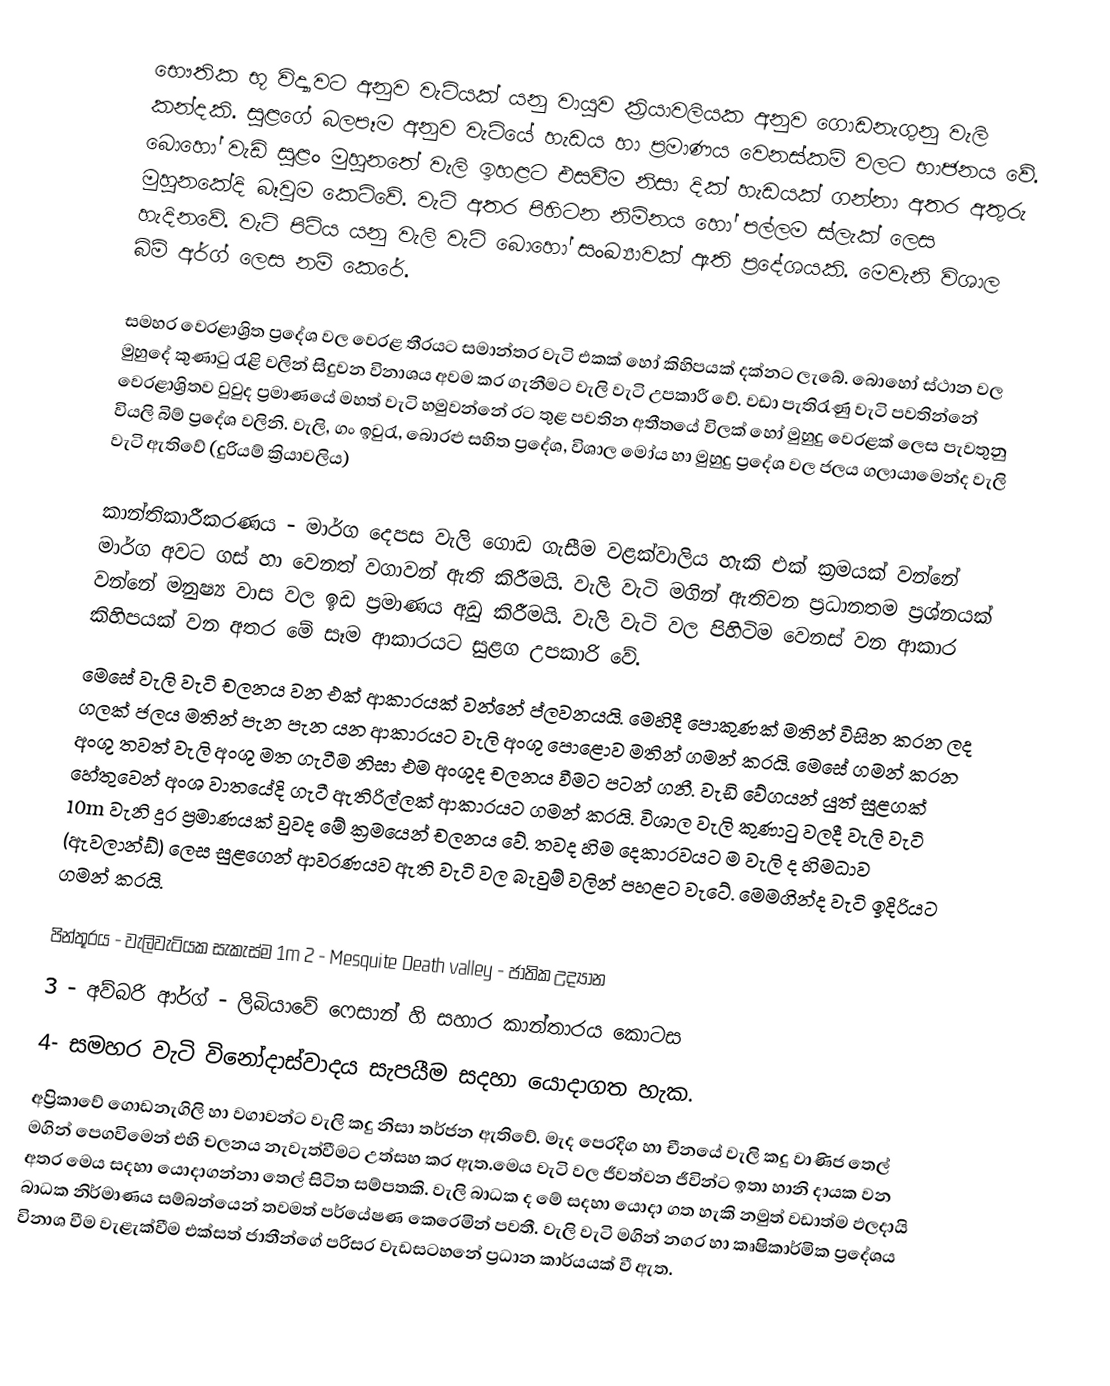
භෞතික භූ විද්‍යාවට අනුව වැටියක් යනු වායුව ක්‍රියාවලියක අනුව ගොඩනැගුනු වැලි කන්දකි. සුළගේ බලපෑම අනුව වැටියේ හැඩය හා ප්‍රමාණය වෙනස්කම් වලට භාජනය වේ. බොහෝ වැඩි සුළං මුහුනතේ වැලි ඉහළට එසවීම නිසා දික් හැඩයක් ගන්නා අතර අතුරු මුහුනකේදි බෑවුම කෙටිවේ. වැටි අතර පිහිටන නිම්නය හෝ පල්ලම ස්ලැක් ලෙස හැදිනවේ. වැටි පිටිය යනු වැලි වැටි බොහෝ සංඛ්‍යාවක් ඇති ප්‍රදේශයකි. මෙවැනි විශාල බිම් අර්ග් ලෙස නම් කෙරේ.

සමහර වෙරළාශ්‍රිත ප්‍රදේශ වල වෙරළ තීරයට සමාන්තර වැටි එකක් හෝ කිහිපයක් දක්නට ලැබේ. බොහෝ ස්ථාන වල මුහුදේ කුණාටු රැළි වලින් සිදුවන විනාශය අවම කර ගැනීමට වැලි වැටි උපකාරී වේ. වඩා පැතිරැණු වැටි පවතින්නේ වෙරළාශ්‍රිතව වුවුද ප්‍රමාණයේ මහත් වැටි හමුවන්නේ රට තුළ පවතින අතීතයේ විලක් හෝ මුහුදු වෙරළක් ලෙස පැවතුනු වියලි බිම් ප්‍රදේශ වලිනි. වැලි, ගං ඉවුරැ, බොරළු සහිත ප්‍රදේශ, විශාල මෝය හා මුහුදු ප්‍රදේශ වල ජලය ගලායාමෙන්ද වැලි වැටි ඇතිවේ (දුරියම් ක්‍රියාවලිය)

කාන්තිකාරීකරණය -  මාර්ග දෙපස වැලි ගොඩ ගැසීම වළක්වාලිය හැකි එක් ක්‍රමයක් වන්නේ මාර්ග අවට ගස් හා වෙනත් වගාවන් ඇති කිරීමයි. වැලි වැටි ‍මගින් ඇතිවන ප්‍රධානතම ප්‍රශ්නයක් වන්නේ මනුෂ්‍ය වාස වල ඉඩ ප්‍රමාණය අඩු කිරීමයි. වැලි වැටි වල පිහිටිම වෙනස් වන ආකාර කිහිපයක් වන අතර මේ සෑම ආකාරයට සුළග උපකාරි වේ.
මෙසේ වැලි වැටි චලනය වන එක් ආකාරයක් වන්නේ ප්ලවනයයි. මෙහිදී පොකුණක් මතින් විසින කරන ලද ගලක් ජලය මතින් පැන පැන යන ආකාරයට වැලි අංශු පොළොව මතින් ගමන් කරයි. මෙසේ ගමන් කරන අංශු තවත් වැලි අංශු මත ගැටීම නිසා එම අංශුද චලනය වීමට පටන් ගනී. වැඩි වේගයන් යුත් සුළගක් හේතුවෙන් අංශ වාතයේදි ගැටී ඇතිරිල්ලක් ආකාරයට ගමන් කරයි. විශාල වැලි කුණාටු වලදී වැලි වැටි 10m වැනි දුර ප්‍රමාණයක් වුවද මේ ක්‍රමයෙන් චලනය වේ. තවද හිම දෙකාරවයට ම වැලි ද හිමධාව (ඇවලාන්ඩ්) ලෙස සුළගෙන් ආවරණයව ඇති වැටි වල බැවුම් වලින් පහළට වැටේ. මෙමගින්ද වැටි ඉදිරියට ගමන් කරයි.

පින්තූරය - වැලිවැටියක සැකැස්ම 	1m 2 - Mesquite Death valley - ජාතික උද්‍යාන
3 - අව්බරි ආර්ග් - ලිබියාවේ ෆෙසාන් හි සහාර කාන්තාරය කොටස
4- සමහර වැටි විනෝදාස්වාදය සැපයීම සදහා යොදාගත හැක.
අප්‍රිකාවේ ගොඩනැගිලි හා වගාවන්ට වැලි කදු නිසා තර්ජන ඇතිවේ. මැද පෙරදිග හා චීනයේ වැලි කදු වාණිජ තෙල් මගින් පෙගවිමෙන් එහි චලනය නැවැත්වීමට උත්සහ කර ඇත.මෙය වැටි වල ජීවත්වන ජීවින්ට ඉතා හානි දායක වන අතර මෙය සදහා යොදාගන්නා තෙල් සිටිත සම්පතකි. වැලි බාධක ද මේ සදහා යොදා ගත හැකි නමුත් වඩාත්ම ඵලදායි බාධක නිර්මාණය සම්බන්යෙන් තවමත් පර්යේෂණ කෙරෙමින් පවතී. වැලි වැටි මගින් නගර හා කෘෂිකාර්මික ප්‍රදේශය විනාශ වීම වැළැක්වීම එක්සත් ජාතීන්ගේ පරිසර වැඩසටහනේ ප්‍රධාන කාර්යයක් වී ඇත.